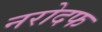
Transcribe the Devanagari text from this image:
नरोदफ